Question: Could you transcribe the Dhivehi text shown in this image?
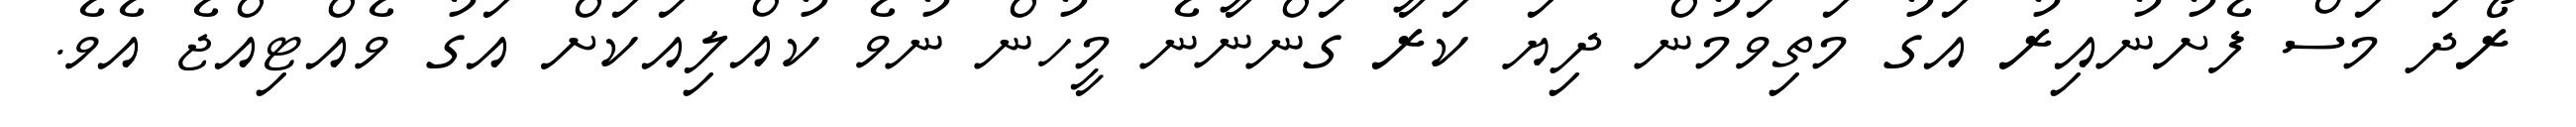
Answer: ރޯދަ މަސް ފެށުނުއިރު އަގު މަތިވަމުން ދިޔަ ކަރާ ގަންނާނެ މީހުން ނުވެ ކުއްލިއަކަށް އަގު ވެއްޓިއްޖެ އެވެ.